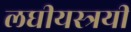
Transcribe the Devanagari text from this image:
लघीयस्त्रयी